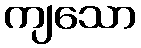
ကျသော